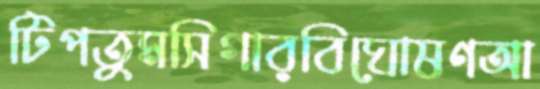
টিপতুমসিগারবিঘোষণআ